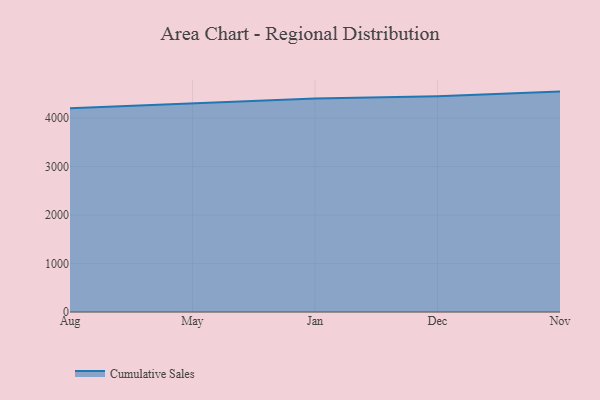
{"axis": {"x": "Month", "y": "Website Visitors"}, "legend": ["Cumulative Sales"], "data": [{"x": "Aug", "y": 4205.0, "type": "Cumulative Sales"}, {"x": "May", "y": 4298.8, "type": "Cumulative Sales"}, {"x": "Jan", "y": 4403.7, "type": "Cumulative Sales"}, {"x": "Dec", "y": 4450.8, "type": "Cumulative Sales"}, {"x": "Nov", "y": 4546.0, "type": "Cumulative Sales"}]}